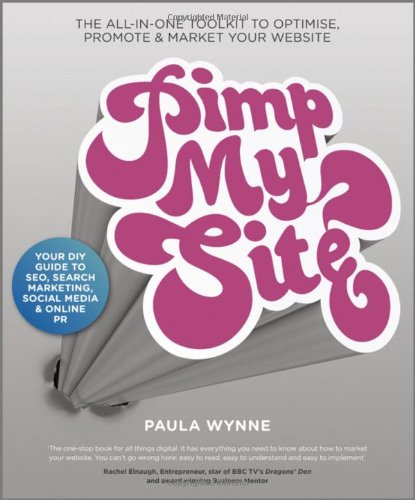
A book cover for Pimp My Site: The DIY Guide to SEO, Search Marketing, Social Media and Online PR; Paula Wynne; Computers & Technology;